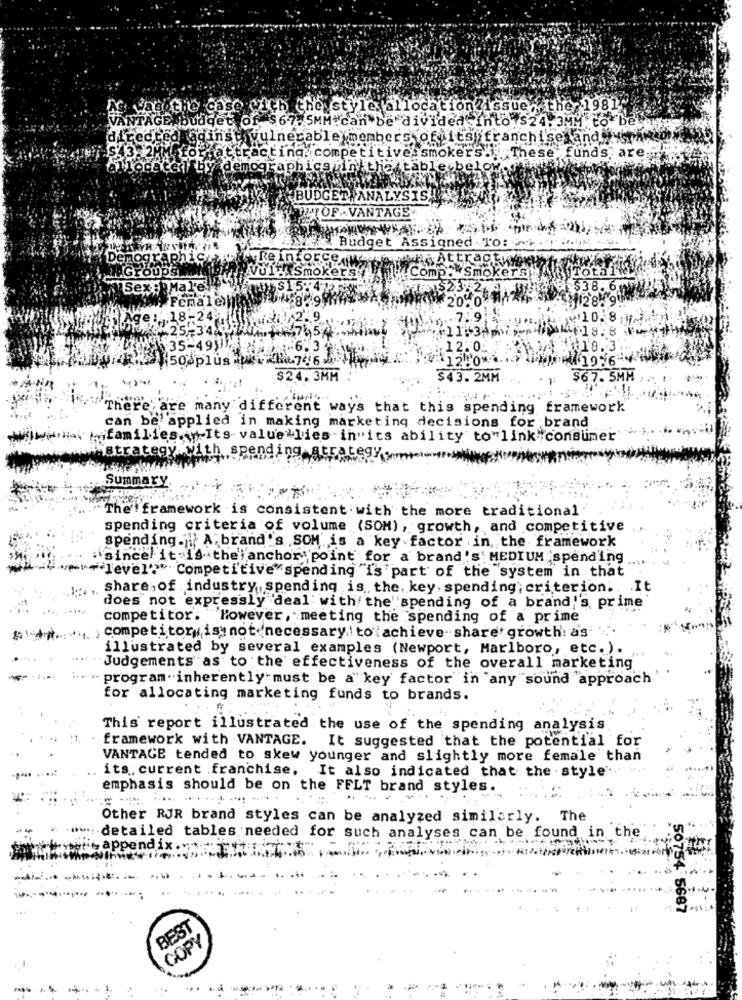
As Vangthe case with the style allocation issue The 1981"
VANTAGE budget of $67.5MM.can be divided into $24. 3MM to L
directed aginstivulnerable members of its franchise and ys
S'43-2MM
attracting. competitive.smokers. These,funds are.
idemographi
below
BUDGET ANALYSIS.
LOWOF - VANTAGE
Budget Assigned TOti
Demographic
Reinforce
cactuy
"Groups
Vul" Smokers
Comp. Smokers
Sex :Male!
15.4
65 $23.2.
$38.6
Female
¥1288
ge: . 18-24
7.9
25-34,
=11143
35-49)))
.6.3
:12.0.
10.3
50 plus
11956
$24.3MM
$43. 2MM
$67.5MM
There are many different ways that this spending framework
can be applied in making marketing decisions for brand
Hiifamilies. . Its value lies in"its ability to"link "consumer
rateg
Histrategy with spending at
Summary
The framework is consistent with the more traditional
spending criteria of volume (SOM), growth, and competitive
spending. A brand 's SOM is a key factor in, the framework
: since it is the anchor point for a brand's MEDIUM spending
+level?" Competitive spending "i's part of the system in that
share,of industry spending is the. key. spending; criterion .. It
does not expressly deal with the spending of a brand''s prime
competitor. "However, meeting the spending of a prime
competitor is not 'necessary to achieve-share' growth: as'
illustrated by several examples (Newport, Marlboro, etc.).
Judgements as to the effectiveness of the overall marketing
" program " inherently must be a" key factor in any sound approach
for allocating marketing funds to brands.
This report illustrated the use of the spending analysis.
framework with VANTAGE. It suggested that the potential for
VANTAGE tended to skew younger and slightly more female than
its. current franchise. It also indicated that the .style ...
emphasis should be on the FFLT brand styles.
Other RJR brand styles can be analyzed similarly. The
detailed tables needed for such analyses can be found in the
appendix.
50754 5687
BEST
COPY
-----